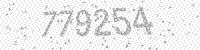
Solution: 779254